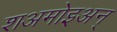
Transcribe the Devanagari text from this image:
शअमोइअन्